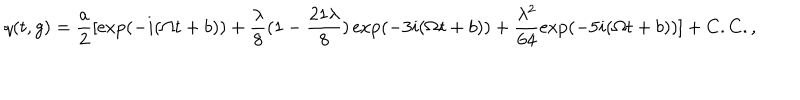
LaTeX: q ( t , g ) = \frac { a } { 2 } [ \exp ( - i ( \Omega t + b ) ) + \frac { \lambda } { 8 } ( 1 - \frac { 2 1 \lambda } { 8 } ) \exp ( - 3 i ( \Omega t + b ) ) + \frac { \lambda ^ { 2 } } { 6 4 } \exp ( - 5 i ( \Omega t + b ) ) ] + C . C . ,